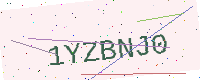
Text: 1YZBNJ0